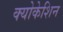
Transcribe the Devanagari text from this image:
क्योकेशिन